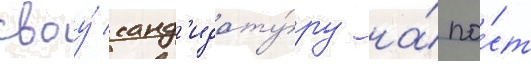
своу́ канд'идату́ру на́ по́ст